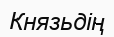
Князьдің